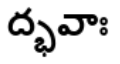
ద్భవాః